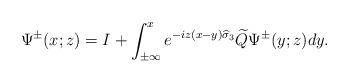
LaTeX: \begin{align*}\Psi^{\pm}(x;z)=I+\int_{\pm \infty}^xe^{-iz(x-y)\widehat{\sigma}_3}\widetilde{Q}\Psi^{\pm}(y;z)dy.\end{align*}